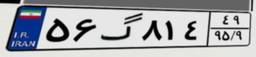
۷۰گ۸۴۱۶۰